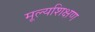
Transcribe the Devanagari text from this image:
मूल्यशिक्षण